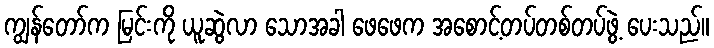
ကျွန်တော်က မြင်းကို ယူဆွဲလာ သောအခါ ဖေဖေက အစောင့်တပ်တစ်တပ်ဖွဲ့ ပေးသည်။